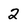
Character: 2